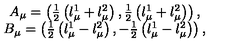
\begin{array} { c } { A _ { \mu } = \left( \frac 1 2 \left( l _ { \mu } ^ { 1 } + l _ { \mu } ^ { 2 } \right) , \frac 1 2 \left( l _ { \mu } ^ { 1 } + l _ { \mu } ^ { 2 } \right) \right) , } \\ { B _ { \mu } = \left( \frac 1 2 \left( l _ { \mu } ^ { 1 } - l _ { \mu } ^ { 2 } \right) , - \frac 1 2 \left( l _ { \mu } ^ { 1 } - l _ { \mu } ^ { 2 } \right) \right) , } \\ \end{array}